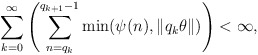
\begin{align*}\sum_{k=0}^\infty \left(\sum_{n=q_k}^{q_{k+1}-1}\min(\psi(n),\| q_k\theta\|)\right)<\infty,\end{align*}